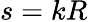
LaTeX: s=kR